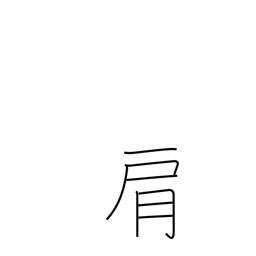
Meaning: shoulder